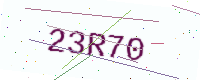
Text: 23R70